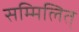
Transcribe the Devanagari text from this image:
सम्मिलित्